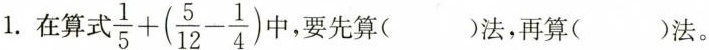
1. 在算式 $$\frac { 1 } { 5 } +[ \frac { 5 } { 1 2 } - \frac { 1 } { 4 } ]$$ 中，要先算( )法，再算( )法。